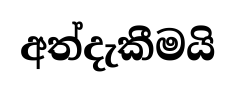
අත්දැකීමයි